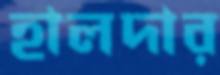
হালদার